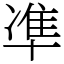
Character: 凖